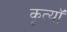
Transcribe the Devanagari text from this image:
कृत्यॉ